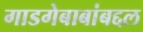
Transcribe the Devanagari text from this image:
गाडगेबाबांबद्दल